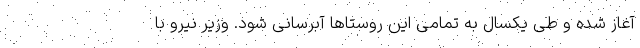
آغاز شده و طی یکسال به تمامی این روستاها آبرسانی شود. وزیر نیرو با